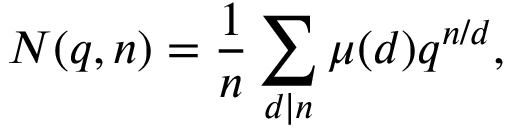
N ( q , n ) = { \frac { 1 } { n } } \sum _ { d \mid n } \mu ( d ) q ^ { n / d } ,